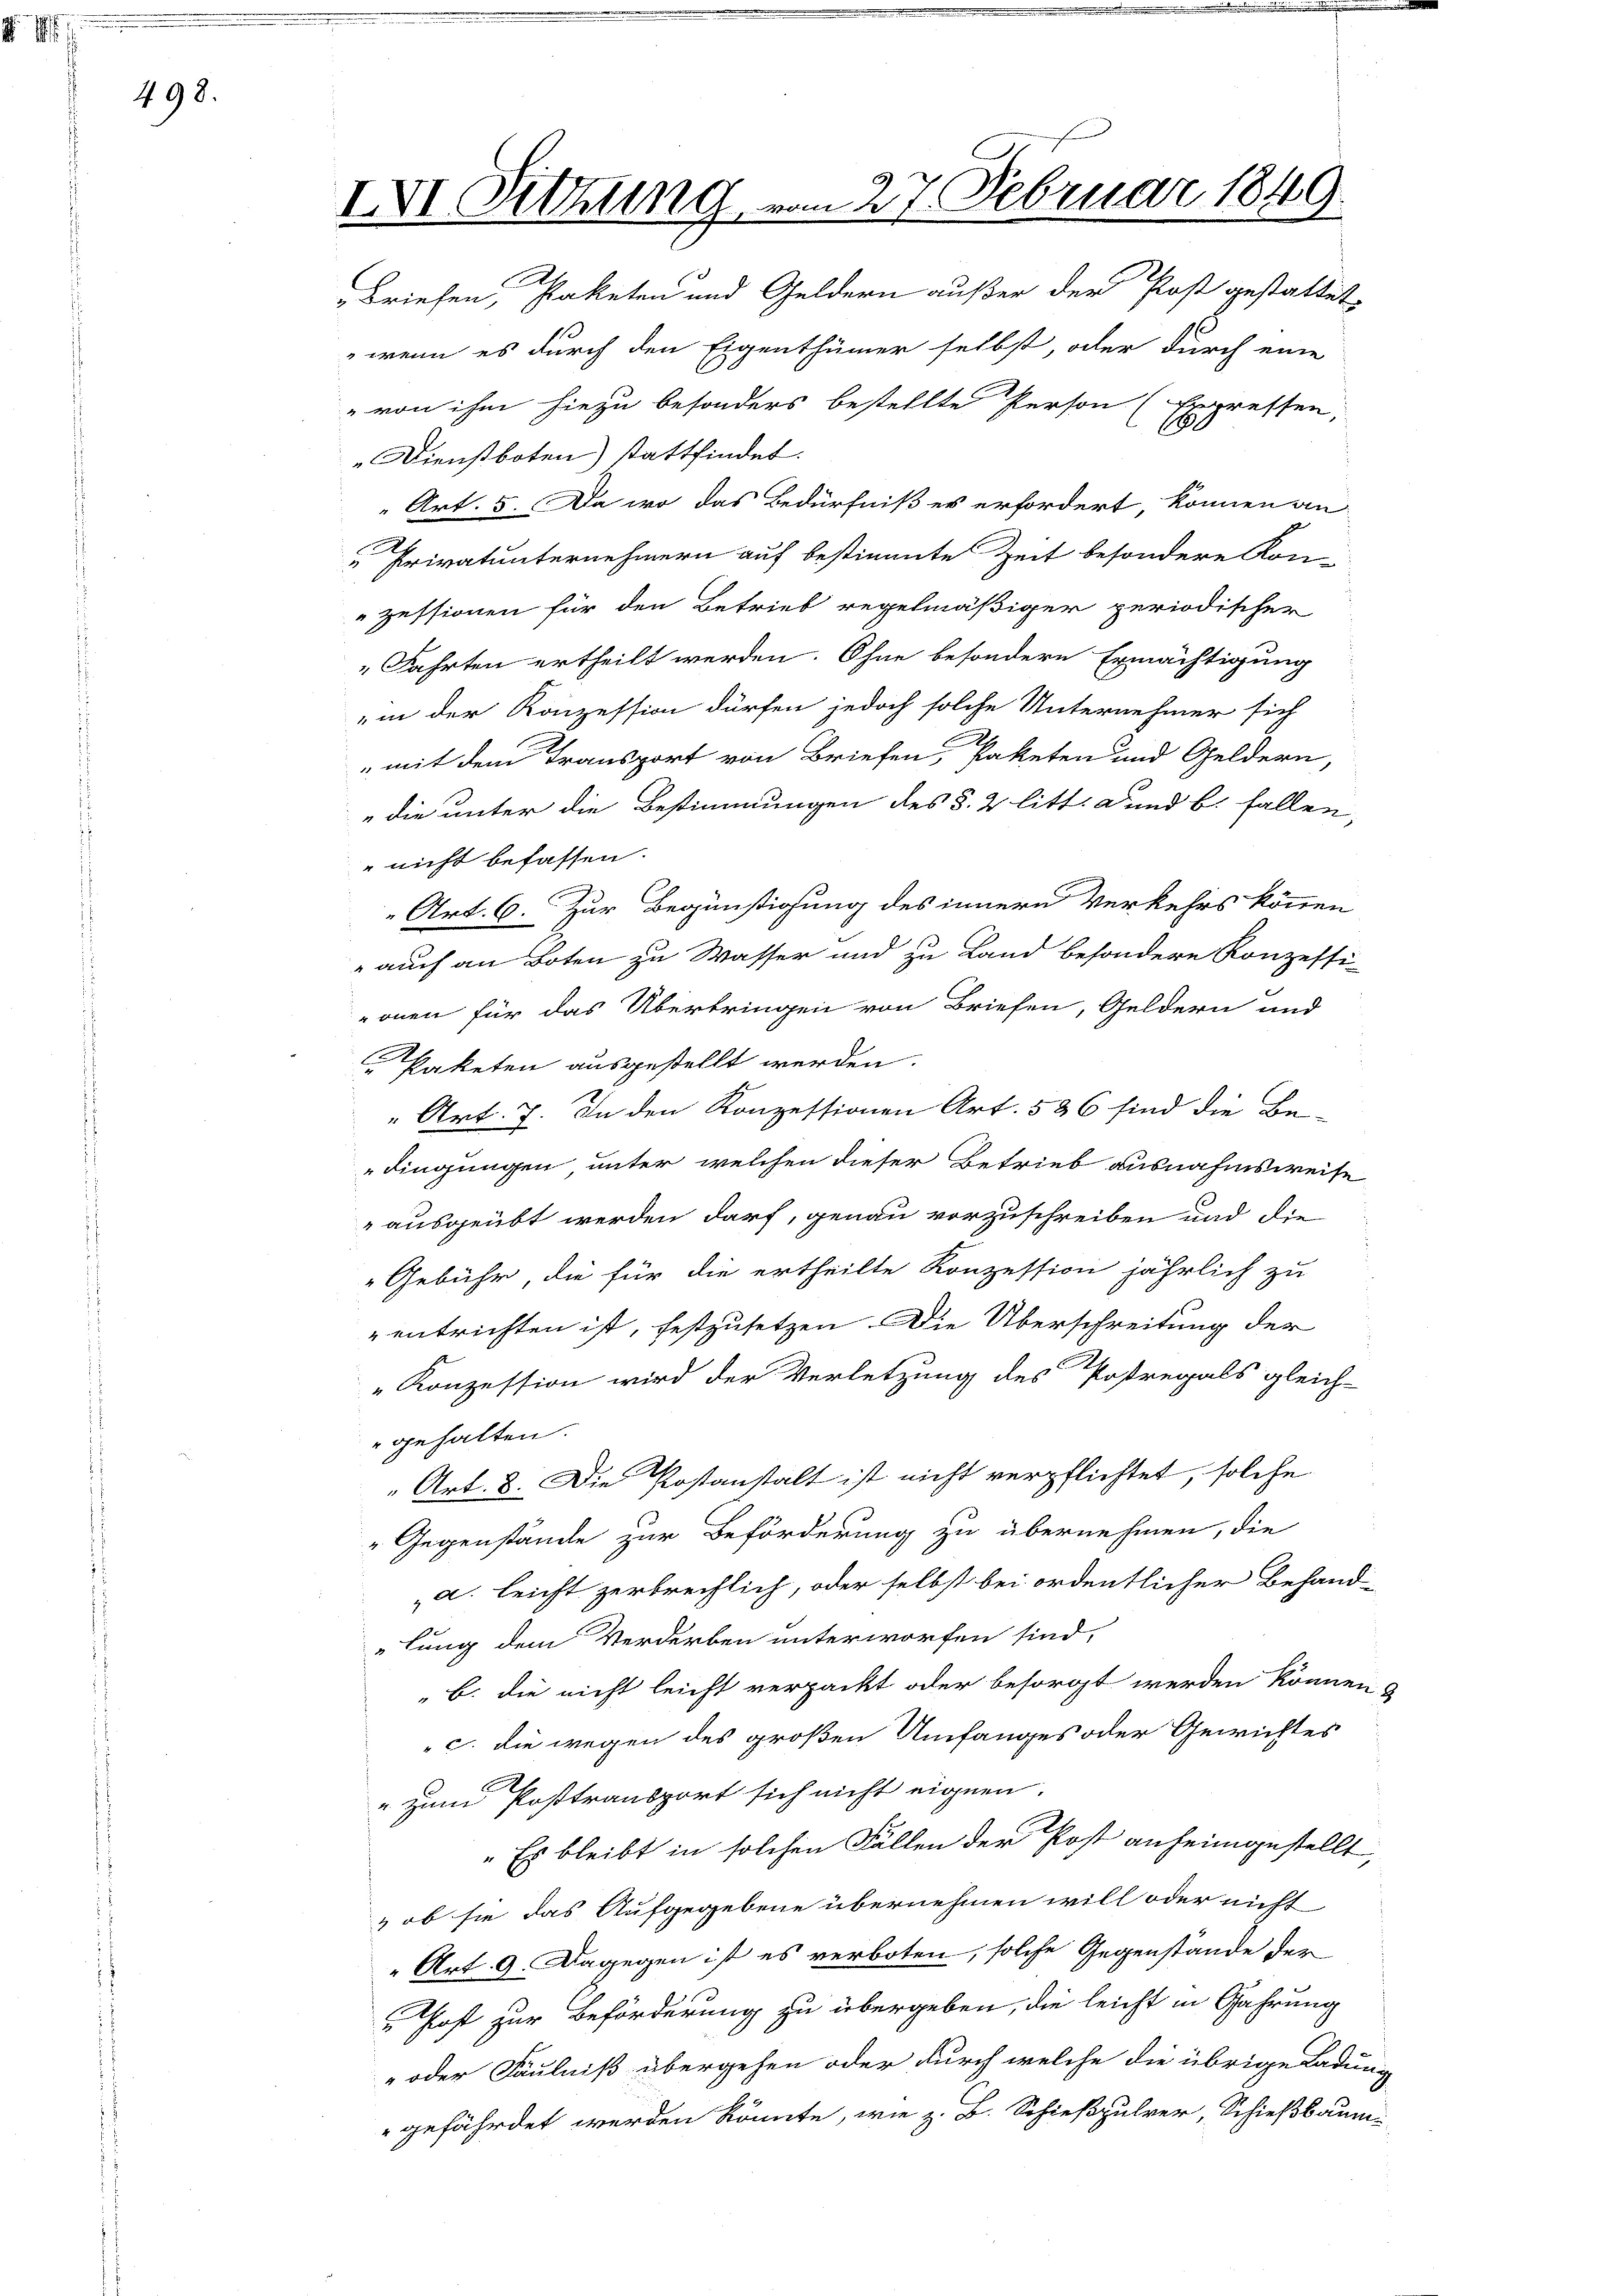
498.

IXI. Sitzung vom 27. Februar 1849.
Briefen, Paketen und Geldern außer der Post gestattet,

,wenn es durch den Eigenthümer selbst, oder durch eine
" von ihm hiezu besonders bestellte Person (Ergreffen,
160
Dienstboten) stattfindet.
Art. 5. Da wo das Bedürfniß es erfordert, können an-
Privatunternehmern auf bestimmte Zeit besondere Kon-
zessionen für den Betrieb regelmäßiger periodischer
„Fahrten ertheilt werden. Ohne besondern Ermächtigung
„in der Konzession dürfen jedoch solche Unternehmer sich
„mit dem Transport von Briefen, Paketen und Geldern,
die unter die Bestimmungen des §. 2 litt. Land b. fallen,
 nicht befassen.
Art. 6. Zur Begünstigung des innern Verkehrs können
" auch an Boten zu Wasser und zu Land besondere Konzessi-
onen für das Übertringen von Briefen, Geldern und
Paketen ausgestellt werden.
" Art. 7. In den Konzessionen Art. 536 sind die Be-
dingungen unter welchen dieser Betrieb ausnahmsweise
ausgeübt werden darf, genau vorzuschreiben und die
Gebühr, die für die ertheilte Konzession jährlich zu
entrichten ist, festzusetzen. Die Überschreitung der
„Konzession wird der Verletzung des Postregals gleich-
gehalten.
Art. 8. Die Kostanstalt ist nicht verpflichtet, solche
" Gegenstände zur Beförderung zu übernehmen, die
a. leicht zerbrechlich, oder selbst bei ordentlicher Behand-
lung dem Verderben unterworfen sind,
B. die nicht leicht verpackt oder besorgt werden können.
c. die wegen des großen Umfanges oder Gewichtes
" zum Posttransport sich nicht eignen.
" Es bleibt in solchen Fällen der Post anheimgestellt,
 ob sie das Aufgegebene übernehmen will oder nicht
„Art. 9. Dagegen ist es verboten, solche Gegenstände der
Post zur Beförderung zu übergeben, die leicht in Gahrung
" oder Fäulniß übergehen oder durch welche die übrige Ladung
gefährdet werden könnte, wie z. B. Schießpulver, Schießbaum